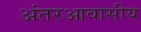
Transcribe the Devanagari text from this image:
अंतरआवासीय